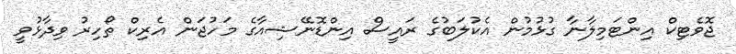
ޖޮވެޓިކް އިންޓަމިލާނާ ގުޅުމުން އެކުލަބުގެ ރައީސް އިންޑޮނޭޝިއާގެ މަހުޖަން އެރިކް ތޯހިރު ވިދާޅުވީ